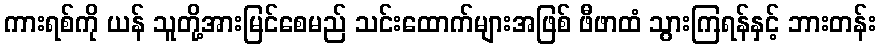
ကားရစ်ကို ယန် သူတို့အားမြင်စေမည် သင်းထောက်များအဖြစ် ဖီဖာထံ သွားကြရန်နှင့် ဘားတန်း